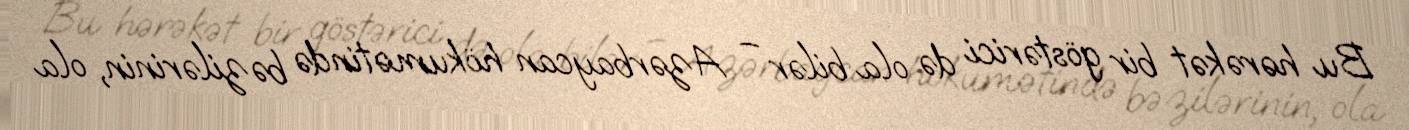
Bu hərəkət bir göstərici də ola bilər – Azərbaycan hökumətində bəzilərinin, ola